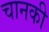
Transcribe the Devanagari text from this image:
चानकी